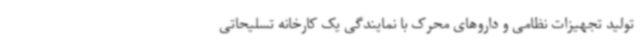
تولید تجهیزات نظامی و داروهای محرک با نمایندگی یک کارخانه تسلیحاتی